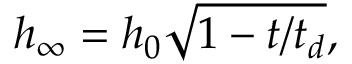
h _ { \infty } = h _ { 0 } \sqrt { 1 - { t } / { t _ { d } } } ,